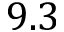
9 . 3